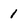
Character: 1